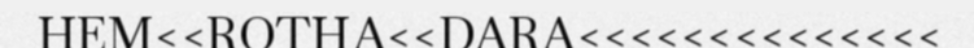
HEM<<ROTHA<<DARA<<<<<<<<<<<<<<